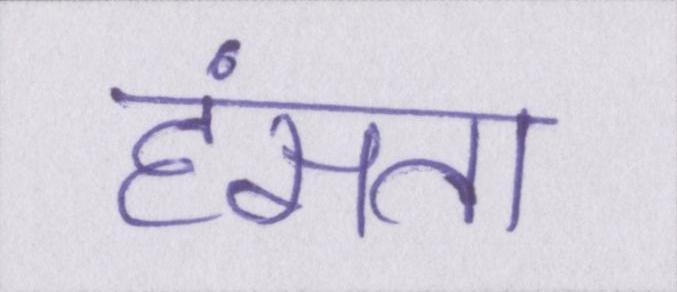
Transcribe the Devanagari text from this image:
हंसता